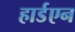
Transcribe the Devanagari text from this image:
हार्डएन